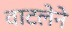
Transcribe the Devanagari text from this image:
वाटलेने